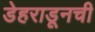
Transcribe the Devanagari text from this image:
डेहराडूनची